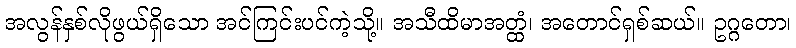
အလွန်နှစ်လိုဖွယ်ရှိသော အင်ကြင်းပင်ကဲ့သို့။ အသီထိမာအတ္ထံ၊ အတောင်ရှစ်ဆယ်။ ဥဂ္ဂတော၊